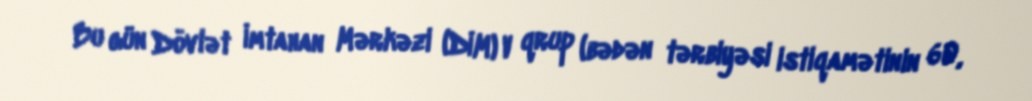
Bu gün Dövlət İmtahan Mərkəzi (DİM) V qrup (bədən tərbiyəsi istiqamətinin 60,